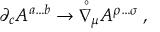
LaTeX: { \partial } _ { c } A ^ { a \dots b } \rightarrow { \stackrel { \circ } { \nabla } } { } _ { \mu } A ^ { \rho \dots \sigma } \; ,